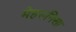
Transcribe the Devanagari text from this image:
मेहरुनिसा